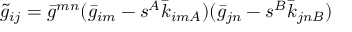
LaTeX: \tilde { g } _ { i j } = \bar { g } ^ { m n } ( \bar { g } _ { i m } - s ^ { A } \bar { k } _ { i m A } ) ( \bar { g } _ { j n } - s ^ { B } \bar { k } _ { j n B } )